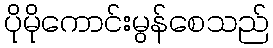
ပိုမိုကောင်းမွန်စေသည်